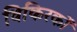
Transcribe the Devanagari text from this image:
विकिरकों